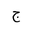
Letter: _gim